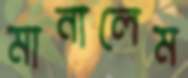
মানালেম